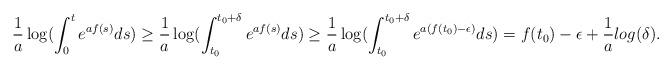
LaTeX: \begin{align*} \frac{1}{a} \log (\int_0^t e^{a f(s)} ds ) \geq \frac{1}{a}\log(\int_{t_0}^{t_0+\delta} e^{a f(s)} ds)\geq \frac{1}{a}\log(\int_{t_0}^{t_0+\delta} e^{a (f(t_0)-\epsilon)} ds) = f(t_0) - \epsilon +\frac{1}{a}log(\delta).\end{align*}